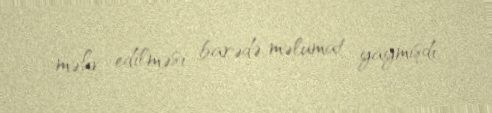
məhv edilməsi barədə məlumat yaymışdı.